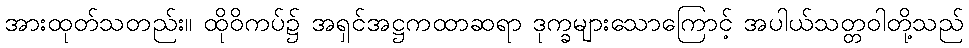
အားထုတ်သတည်း။ ထိုဝိကပ်၌ အရှင်အဋ္ဌကထာဆရာ ဒုက္ခများသောကြောင့် အပါယ်သတ္တဝါတို့သည်